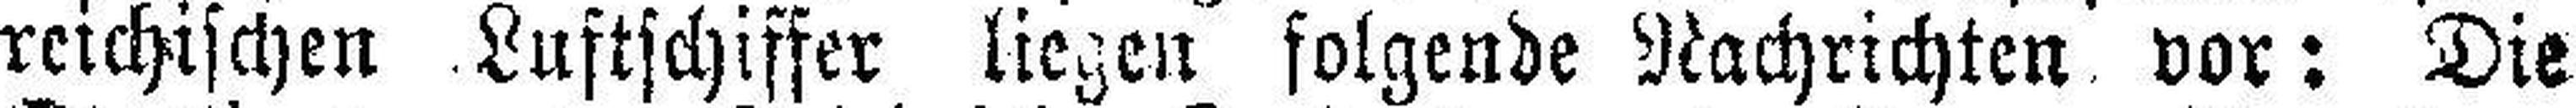
reichischen Luftschiffer liegen folgende Nachrichten vor: Die